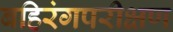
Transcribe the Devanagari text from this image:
बहिरंगपरीक्षण